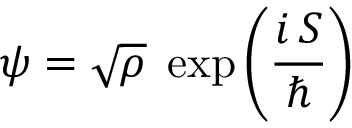
\psi = { \sqrt { \rho } } \; \exp \left( { \frac { i \, S } { \hbar } } \right)